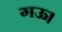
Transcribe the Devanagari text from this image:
गऊ।